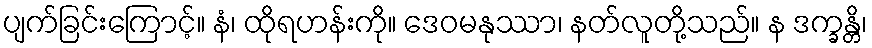
ပျက်ခြင်းကြောင့်။ နံ၊ ထိုရဟန်းကို။ ဒေဝမနုဿာ၊ နတ်လူတို့သည်။ န ဒက္ခန္တိ၊